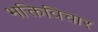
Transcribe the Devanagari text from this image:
भक्तिविचार